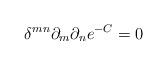
LaTeX: \begin{align*} \delta^{mn}\partial_{m}\partial_{n}e^{-C}=0\end{align*}